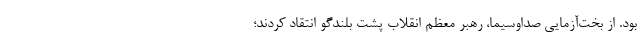
بود. از بخت‌آزمایی صداوسیما، رهبر معظم انقلاب پشت بلندگو انتقاد کردند؛